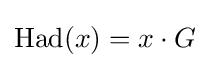
{\text{Had}}(x)=x\cdot G